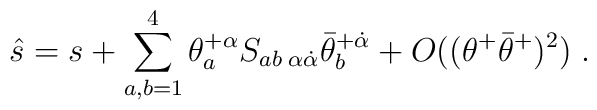
\hat s = s + \sum^4_{a,b=1}\theta^{+\alpha}_aS_{ab\;\alpha\dot\alpha}\bar\theta^{+\dot\alpha}_b + O((\theta^+\bar\theta^+)^2)\;.